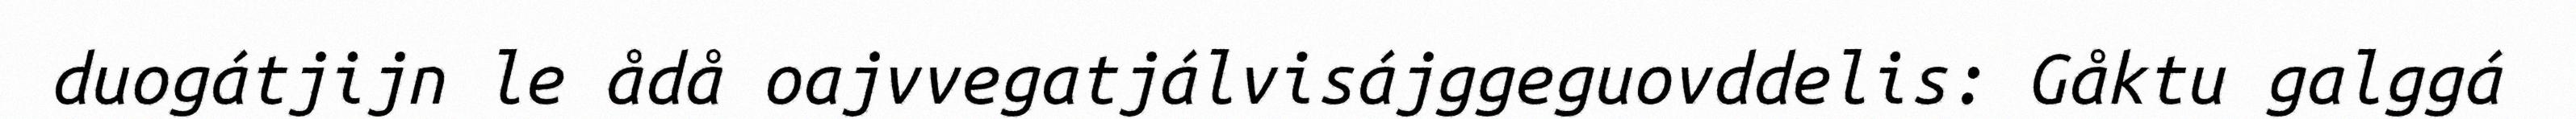
duogátjijn le ådå oajvvegatjálvisájggeguovddelis: Gåktu galggá